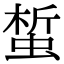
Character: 蜤